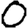
Digit: 0